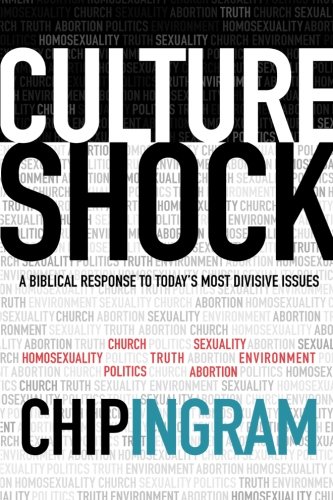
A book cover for Culture Shock: A Biblical Response to Today's Most Divisive Issues; Chip Ingram; Christian Books & Bibles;